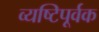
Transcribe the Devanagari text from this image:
व्यष्टिपूर्वक